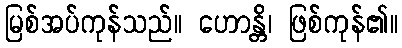
မြစ်အပ်ကုန်သည်။ ဟောန္တိ၊ ဖြစ်ကုန်၏။